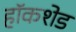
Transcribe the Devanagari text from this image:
हॉकशेड